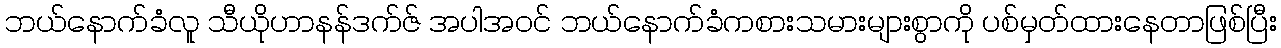
ဘယ်နောက်ခံလူ သီယိုဟာနန်ဒက်ဇ် အပါအဝင် ဘယ်နောက်ခံကစားသမားများစွာကို ပစ်မှတ်ထားနေတာဖြစ်ပြီး